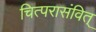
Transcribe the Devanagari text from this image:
चित्परासंवित्